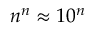
n ^ { n } \approx 1 0 ^ { n }